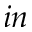
i n